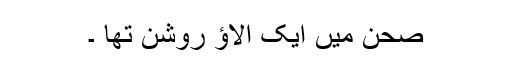
صحن میں ایک الاﺅ روشن تھا ۔